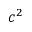
c ^ { 2 }